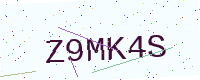
Text: Z9MK4S